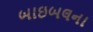
બાઇબલના